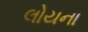
લોયના